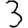
Digit: 3